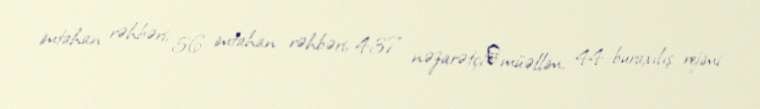
imtahan rəhbəri, 56 imtahan rəhbəri, 437 nəzarətçi‑müəllim, 44 buraxılış rejimi